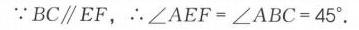
\(\because BC\parallel EF\)，\(\therefore\angle AEF = \angle ABC = 45^{\circ}\).